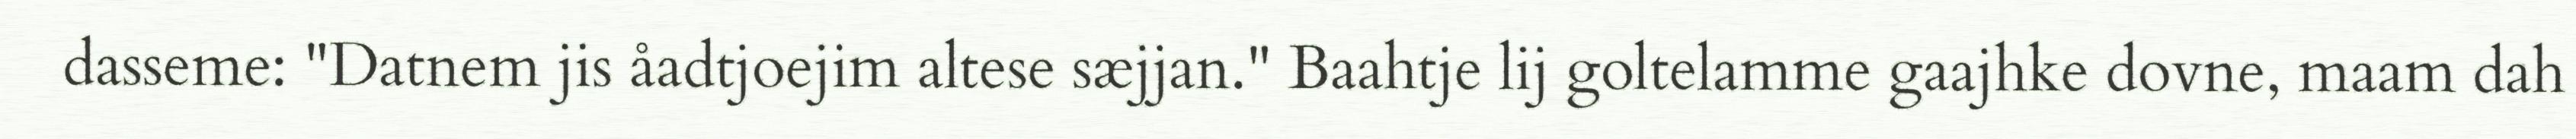
dasseme: "Datnem jis åadtjoejim altese sæjjan." Baahtje lij goltelamme gaajhke dovne, maam dah